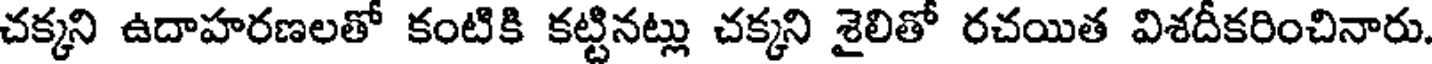
చక్కని ఉదాహరణలతో కంటికి కట్టినట్లు చక్కని శైలితో రచయిత విశదీకరించినారు